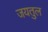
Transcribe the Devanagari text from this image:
जयतुल